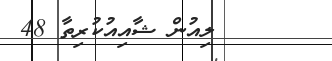
ލިއުން ޝާއިއުކުރިތާ 48